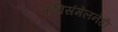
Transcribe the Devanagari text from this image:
कविसंमेलनेही